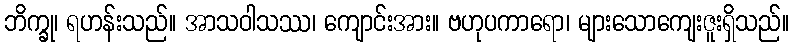
ဘိက္ခု၊ ရဟန်းသည်။ အာသဝါသဿ၊ ကျောင်းအား။ ဗဟုပကာရော၊ များသောကျေးဇူးရှိသည်။